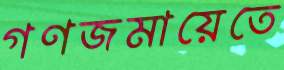
গণজমায়েতে